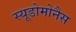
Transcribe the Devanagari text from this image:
स्यूडोमोनैस